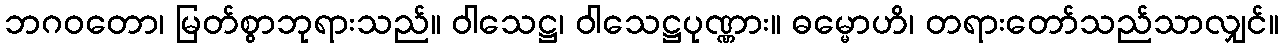
ဘဂဝတော၊ မြတ်စွာဘုရားသည်။ ဝါသေဋ္ဌ၊ ဝါသေဋ္ဌပုဏ္ဏား။ ဓမ္မောဟိ၊ တရားတော်သည်သာလျှင်။